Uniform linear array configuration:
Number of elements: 24
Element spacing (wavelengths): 0.25
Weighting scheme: cosine
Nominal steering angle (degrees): -15
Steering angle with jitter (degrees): -14.545
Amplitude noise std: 0.05
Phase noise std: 0.05

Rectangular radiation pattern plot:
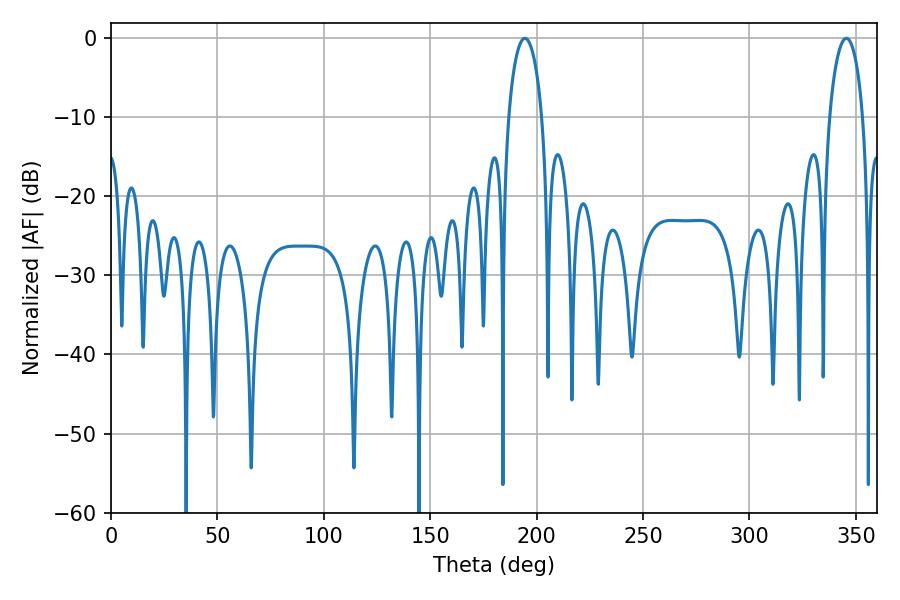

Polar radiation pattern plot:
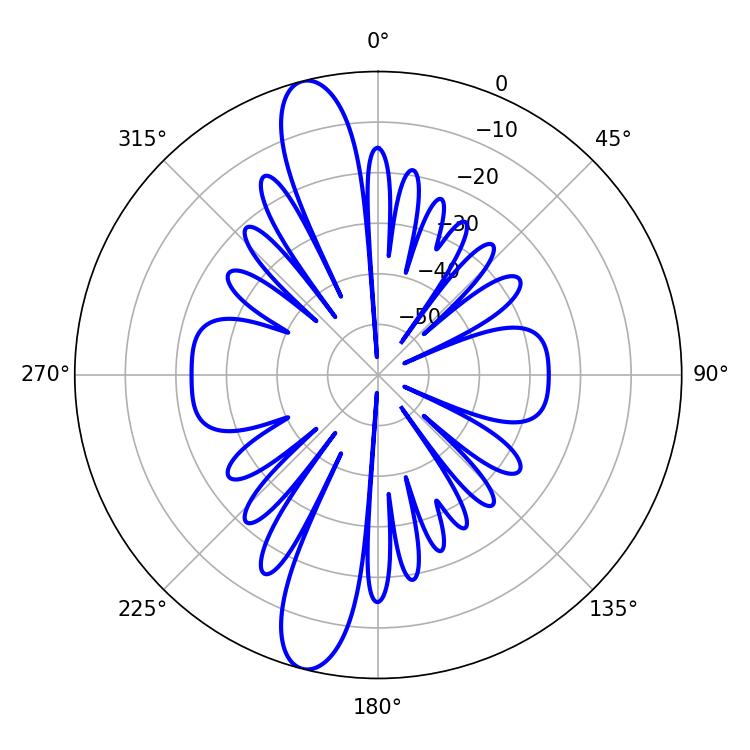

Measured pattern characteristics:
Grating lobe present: FALSE
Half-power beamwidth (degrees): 9
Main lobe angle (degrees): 194.4